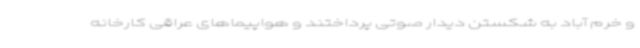
و خرم آباد به شکستن دیدار صوتی پرداختند و هواپیماهای عراقی کارخانه